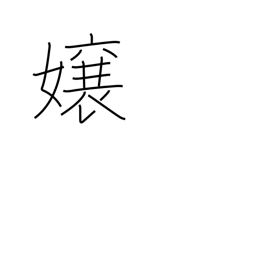
Meaning: daughter